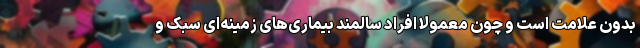
بدون علامت است و چون معمولا افراد سالمند بیماری‌های زمینه‌ای سبک و